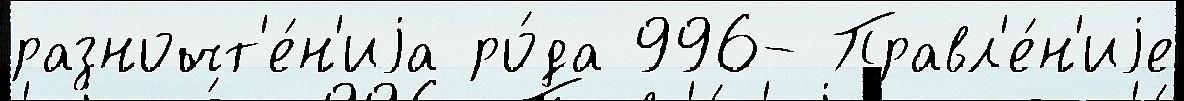
разночт'е́н'иjа ро́да 996- Правл'е́н'иjе